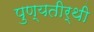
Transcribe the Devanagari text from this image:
पुण्यतीर्थी